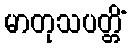
မာတုသပတ္တိံ